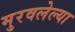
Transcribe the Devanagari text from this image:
मुरवलेल्या